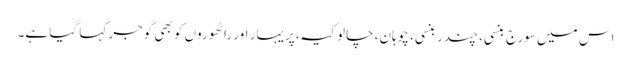
اس میں سورج بنسی، چندر بنسی، چوہان، چالوکیہ، پریہار اور راٹھوروں کو بھی گوجر کہا گیا ہے۔